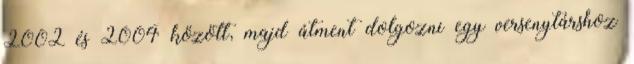
2002 és 2004 között, majd átment dolgozni egy versenytárshoz